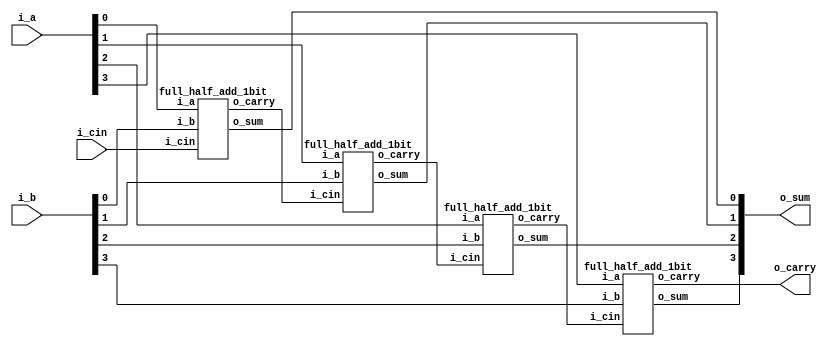
module full_add_4bit(
                     i_a     ,  //input 
                     i_b     ,  //input 
                     i_cin   ,  //input 
                     o_sum   ,  //output 
                     o_carry    //output 
                     )       ;

//Port declaration

input  [3:0]i_a, i_b                ;     
input  i_cin                        ;    
output [3:0]o_sum                   ;                         
output o_carry                      ;
wire   w_carry1, w_carry2, w_carry3 ;

full_half_add_1bit fa1(
                      .i_a(i_a[0])       ,
                      .i_b(i_b[0])       ,
                      .i_cin(i_cin)      ,
                      .o_sum(o_sum[0])   ,
                      .o_carry(w_carry1)
                      )                  ,
                   fa2(
                      .i_a(i_a[1])       ,
                      .i_b(i_b[1])       ,
                      .i_cin(w_carry1)   ,
                      .o_sum(o_sum[1])   ,
                      .o_carry(w_carry2)
                      )                  ,
                   fa3(
                      .i_a(i_a[2])       ,
                      .i_b(i_b[2])       ,
                      .i_cin(w_carry2)   ,
                      .o_sum(o_sum[2])   ,
                      .o_carry(w_carry3)
                      )                  ,
                   fa4(
                      .i_a(i_a[3])       ,
                      .i_b(i_b[3])       ,
                      .i_cin(w_carry3)  ,
                      .o_sum(o_sum[3])   ,
                      .o_carry(o_carry)
                      )                  ;

endmodule // 4 bit full adder


// module declaration for full adder

module full_half_add_1bit(
                          i_a     ,  //input 
                          i_b     ,  //input 
                          i_cin   ,  //input 
                          o_sum   ,  //output 
                          o_carry    //output 
                          )       ;

//Port declaration

input  i_a, i_b, i_cin            ;    
output o_sum, o_carry             ;
wire   w_sum1, w_carry1, w_carry2 ;

half_adder h1(                       //half adder instantiation
              .h_a(i_a)           ,   
              .h_b(i_b)           ,
              .h_sum(w_sum1)      ,	
              .h_carry(w_carry1)    
              )                   ;
half_adder h2(                       //half adder instantiation
              .h_a(w_sum1)        ,
              .h_b(i_cin)         ,
              .h_sum(o_sum)       ,	
              .h_carry(w_carry2)
              )                   ;

assign o_carry = w_carry1 | w_carry2;
  
endmodule // full adder


// module declaration for half adder
module half_adder(
	               h_a	   ,	//input
	               h_b	   ,	//input 
               	h_sum	   ,	//output
	               h_carry     //output
                  )        ;

//Port declaration

input  h_a	   ;
input  h_b	   ;
output h_sum	;
output h_carry	;
  
//sum and carry expression for half adder

assign h_sum   =  h_a ^ h_b;	//xor operation
assign h_carry =  h_a & h_b;	//and operation
  
endmodule // half adder